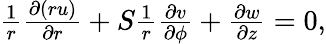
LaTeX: \begin{array}{r}{\frac{1}{r}\frac{\partial{(ru)}}{\partial{r}}+S\frac{1}{r}\frac{\partial{v}}{\partial{\phi}}+\frac{\partial{w}}{\partial{z}}=0,}\end{array}